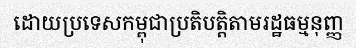
ដោយប្រទេសកម្ពុជាប្រតិបត្តិតាមរដ្ឋធម្មនុញ្ញ